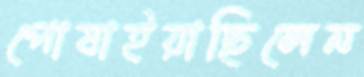
পোষাইয়াছিলেন